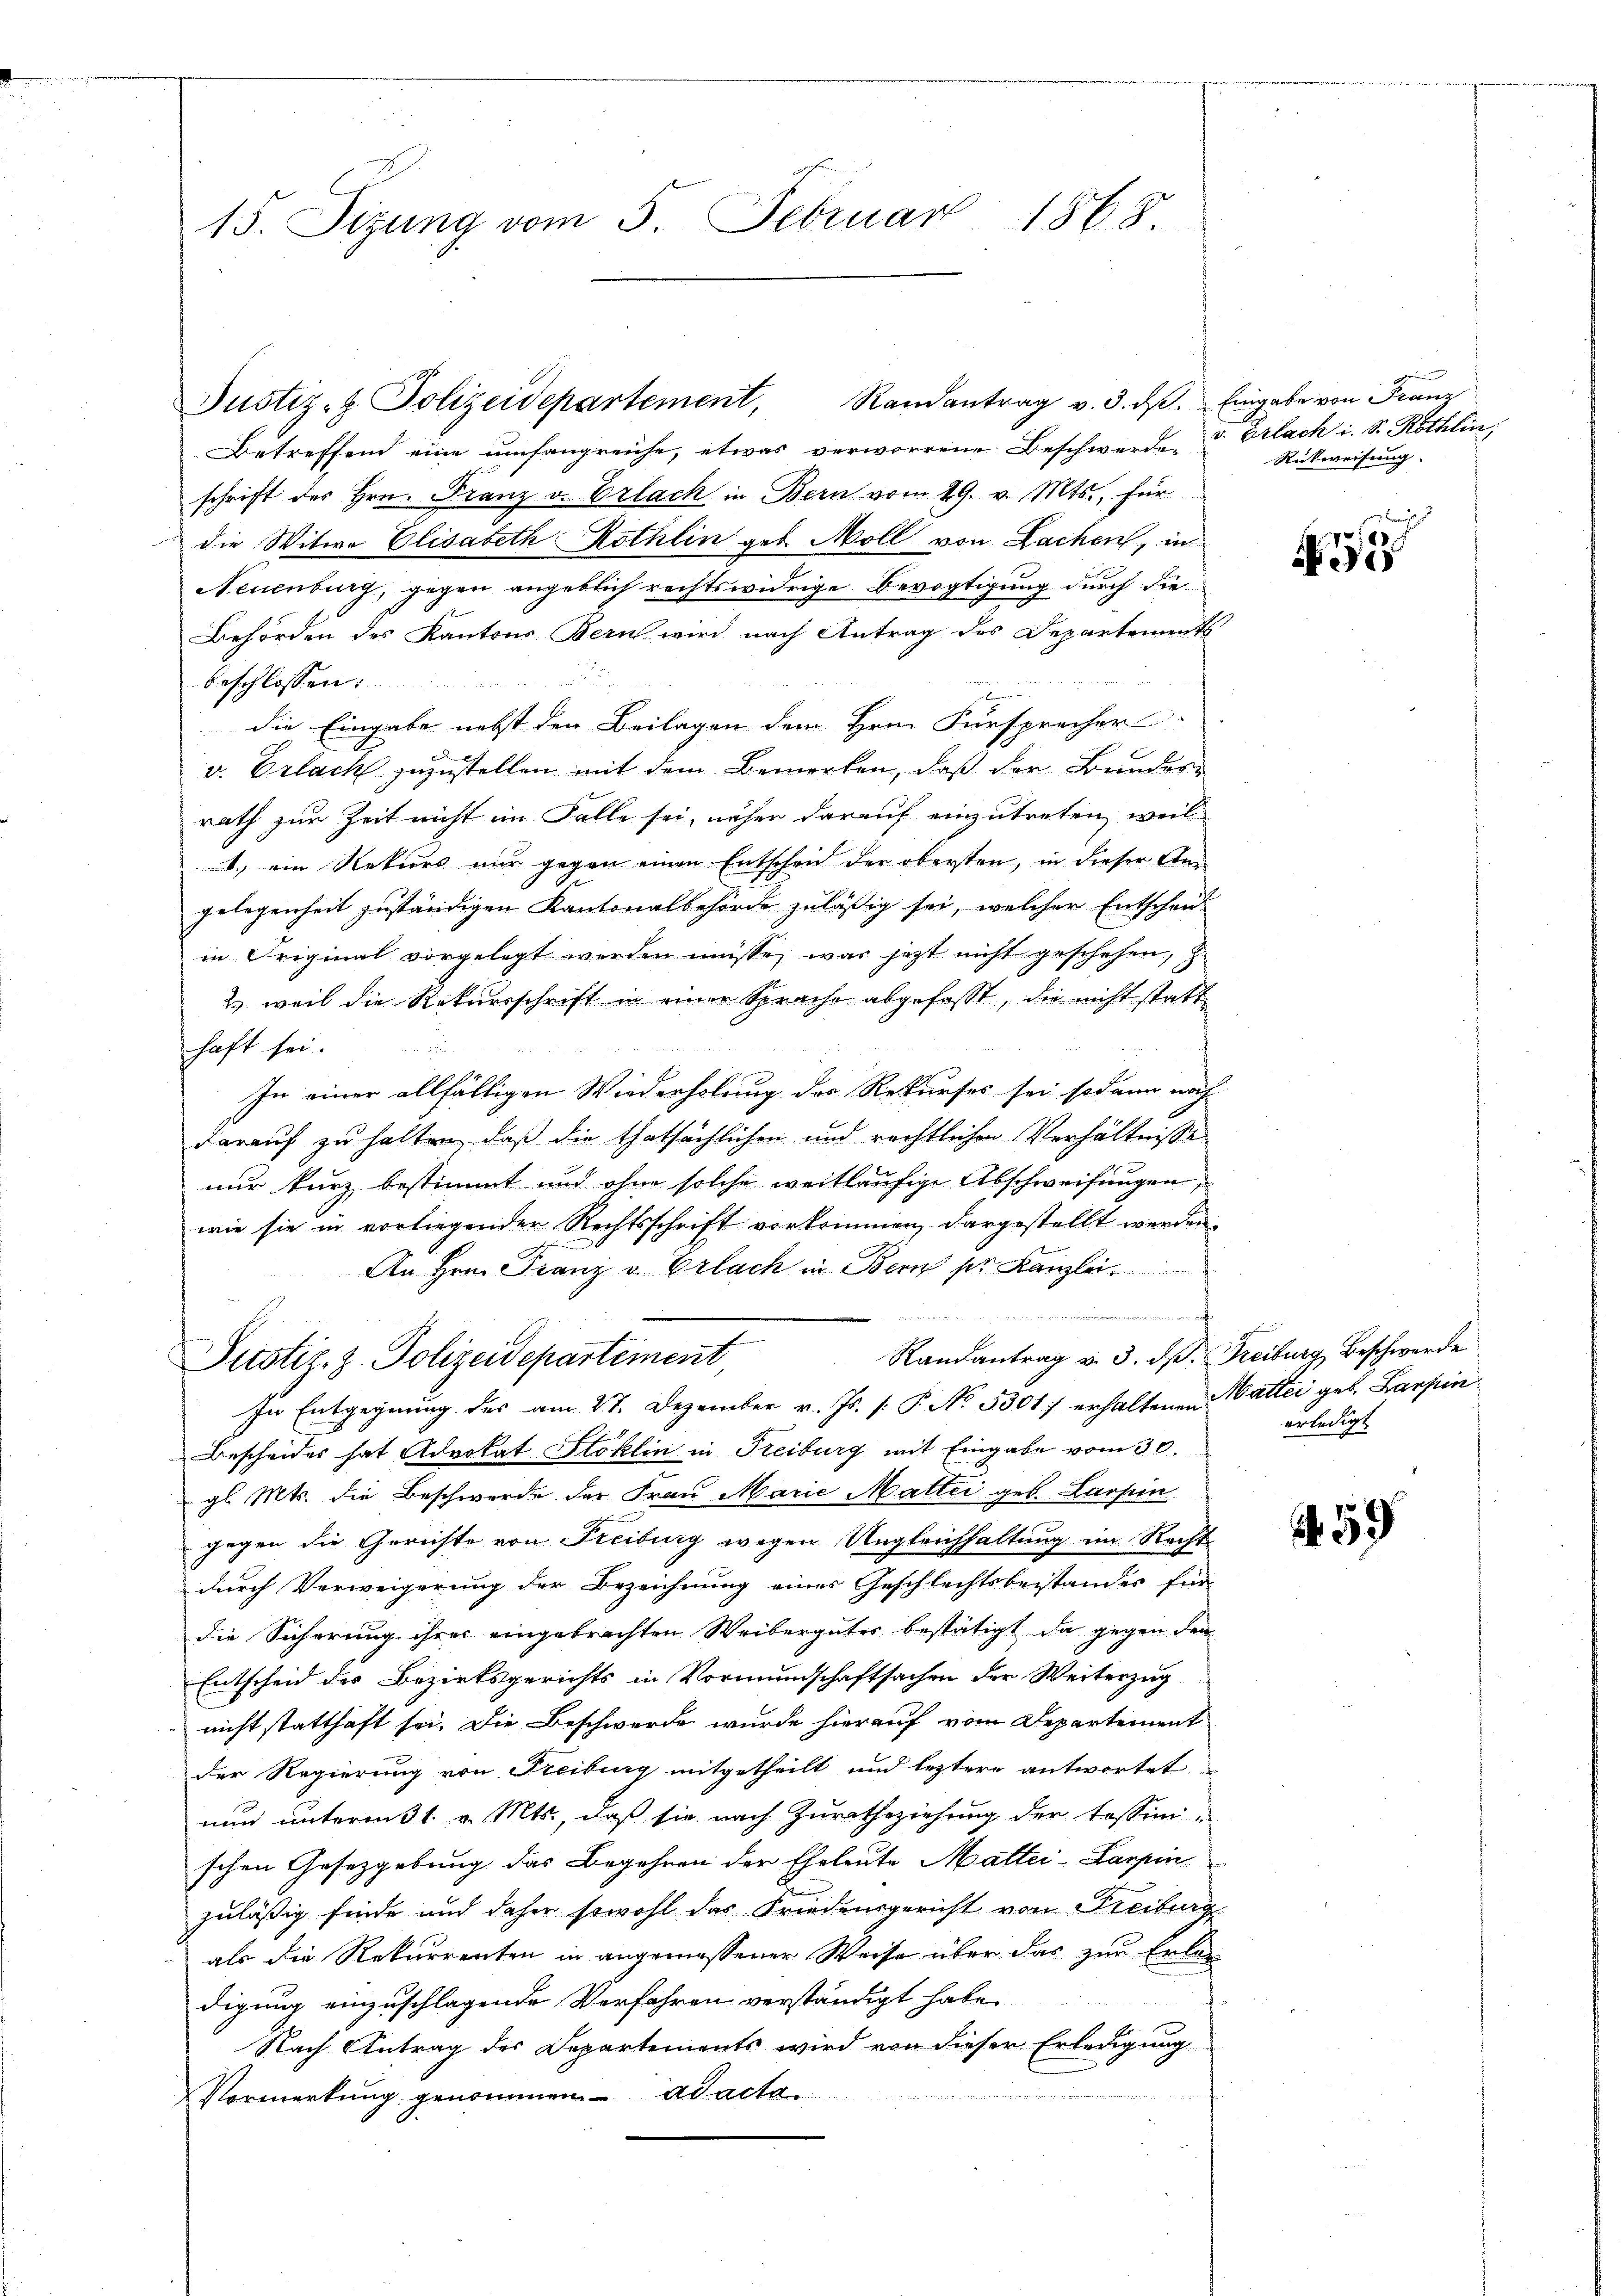
15. Sizung vom 5. Februar 1868.

Justiz- & Polizeidepartement, Randantrag v. 3. dβ. Eingabe von Franz

Betreffend eine umfangreiche, etwas verworrene Beschwerden u Erlach i. S. Röthli
schrift des Hrn. Franz v. Erlach in Bern vom 29. v. Mts., für
die Witwe Elisabeth Röthlin geb. Moll von Lachen, in
Neuenburg, gegen angeblich rechtswidrige Bevogtigung durch die
Behörden des Kantons Bern wird nach Antrag des Departement
beschlossen:
die Eingabe nebst den Beilagen dem Hrn. Fürsprecher
v. Erlach zuzustellen mit dem Bemerken, daß der Bundesrath zur Zeit nicht im Falle sei, näher darauf einzutreten, weil
1., ein Rektors nur gegen einen Entscheid der obersten, in dieser Angelegenheit zuständigen Kantonalbehörde zuläßig sei, welcher Entscheiin Original vorgelegt werden müsse, was jetzt nicht geschehen,
2. weil die Rekursschrift in einer Sprache abgefasst, die nicht statt

haft sei.
.
In einer allfälligen Wiederholung des Rekurses sei sodann nach
darauf zu halten, daß die thatsächlichen und rechtlichen Verhältnisse
nur kurz bestimmt und ohne solche weitläufige Abschweifungen,
wie sie in vorliegender Rechtsschrift vorkommen, dargestellt werden.
An Hrn. Franz u. Erlach in Bern pr. Kanzlei
iiert, aber eine, und er in Kraft
Randantrag v. 3. ds. Freiburg, Beschwerde
Justiz, z. Polizeidepartement,
In Entgegnung des am 27. Dezember v. Js. [: P. No. 5301 erhaltenen attei geb. Barfin
Bescheides hat Advokat Stoklin in Freiburg mit Eingabe vom 30.
gl. Mts. die Beschwerde der Frau Marie Mattei geb. Larpin
gegen die Gerichte von Freiburg wegen Ungleichhaltung im Recht
durch Verweigerung der Bezeichnung eines Geschlechtsbeistandes für
die Sicherung ihres eingebrachten Weibergutes bestätigt, da gegen den
Entscheid der Bezirksgerichts in Vormundschaftsachen der Weiterzug
nicht statthaft sei. Die Beschwerde wurde hierauf vom Departement
der Regierung von Freiburg mitgetheilt und leztere antwortet
nun unterm 31. v. Mts., daß sie nach Zuratheziehung der Tessini-
schen Gesetzgebung das Begehren der Eheleute Mattei-Larpin
zuläßig finde und daher sowohl das Friedensgericht von Freiburg
als die Rekurrenten in angemessener Weise über das zur Erlen
digung einzuschlagende Verfahren verständigt habe.

Nach Antrag des Departements wird von dieser Erledigung
Vormerkung genommen. ad acta

Rückweisung.

2

erledigt

59